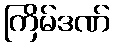
ကြိမ်ဒဏ်